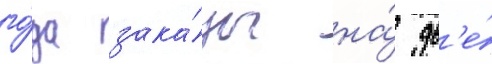
го́да зака́зы на́ дв'е́